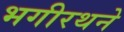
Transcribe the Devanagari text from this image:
भगीरथने